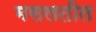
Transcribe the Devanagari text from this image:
मसलतीत